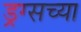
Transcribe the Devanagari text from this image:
ड्रग्सच्या